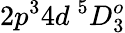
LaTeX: {2p^{3}4d~^{5}D_{3}^{o}}